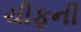
ચીફની